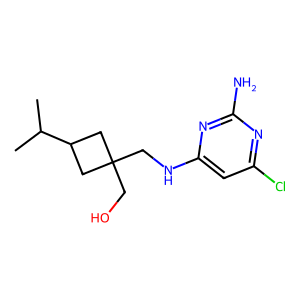
SMILES: CC(C)C1CC(CO)(CNc2cc(Cl)nc(N)n2)C1
Inhibits HIV replication: No